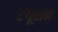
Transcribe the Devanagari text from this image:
टयूशन